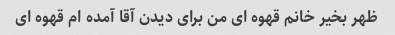
ظهر بخیر خانم قهوه ای من برای دیدن آقا آمده ام قهوه ای